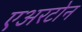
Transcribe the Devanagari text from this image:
एअरटोन